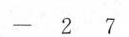
- 2 7